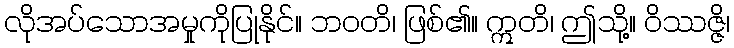
လိုအပ်သောအမှုကိုပြုနိုင်။ ဘဝတိ၊ ဖြစ်၏။ ဣတိ၊ ဤသို့။ ဝိဿဇ္ဇိ၊